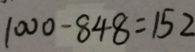
1 0 0 0 - 8 4 8 = 1 5 2